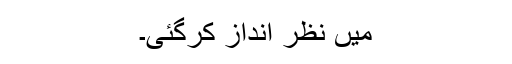
میں نظر انداز کرگئی۔